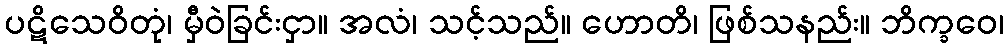
ပဋိသေဝိတုံ၊ မှီဝဲခြင်းငှာ။ အလံ၊ သင့်သည်။ ဟောတိ၊ ဖြစ်သနည်း။ ဘိက္ခဝေ၊